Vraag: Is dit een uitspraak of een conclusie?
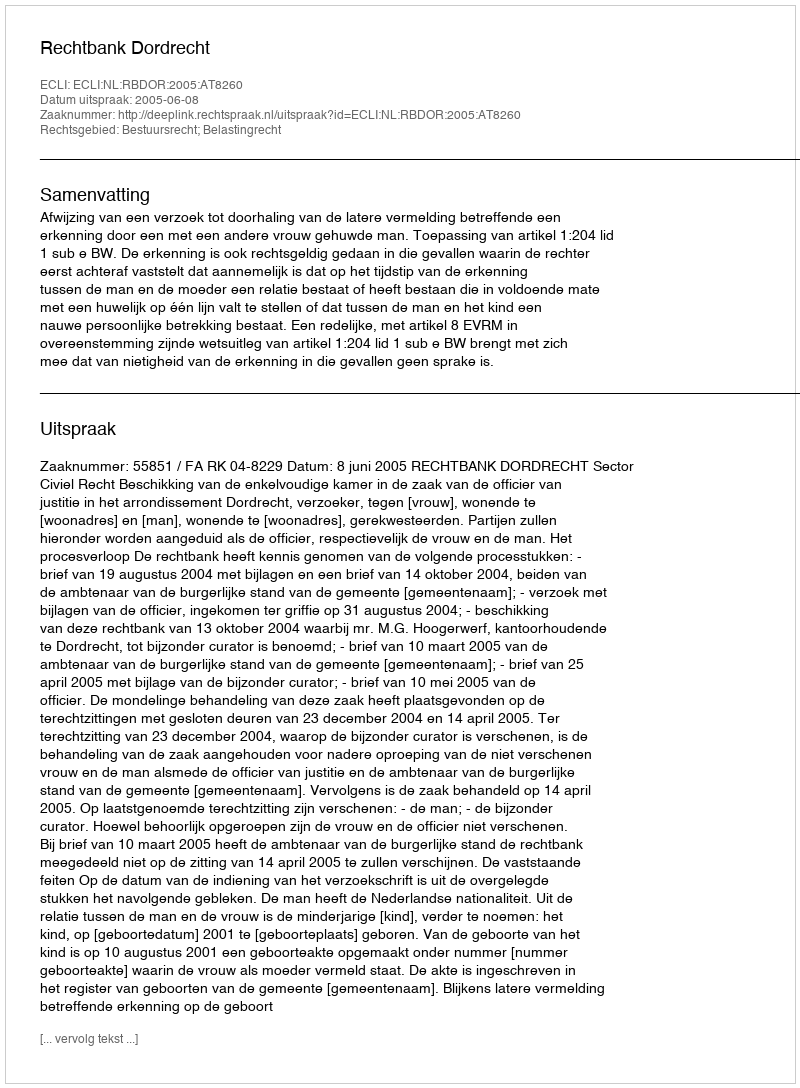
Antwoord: Uitspraak